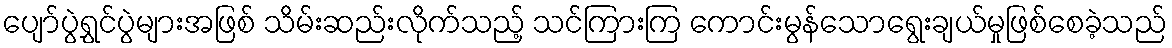
ပျော်ပွဲရွှင်ပွဲများအဖြစ် သိမ်းဆည်းလိုက်သည့် သင်ကြားကြ ကောင်းမွန်သောရွေးချယ်မှုဖြစ်စေခဲ့သည်